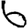
Digit: 6